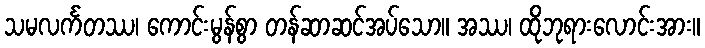
သမလင်္ကတဿ၊ ကောင်းမွန်စွာ တန်ဆာဆင်အပ်သော။ အဿ၊ ထိုဘုရားလောင်းအား။